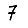
Digit: 7